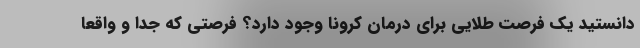
دانستید یک فرصت طلایی برای درمان کرونا وجود دارد؟ فرصتی که جدا و واقعا